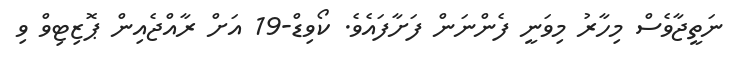
ނަތީޖާވެސް މިހާރު މިވަނީ ފެންނަން ފަށާފައެވެ. ކޯވިޑް-19 އަށް ރާއްޖެއިން ޕޮޒިޓިވް ވި